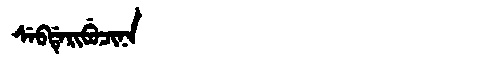
Manchu: ᠰᡝᠪᡩᡝᡵᡳᠪᡠᠴᡳᠨᠠ
Romanization: SEBDERIBUCINA